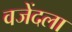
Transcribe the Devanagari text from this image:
वजेंदला